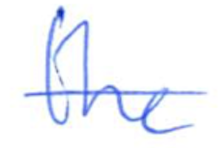
Text: the
Cross-out: single-line
Writing tool: ballpoint